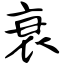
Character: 衰